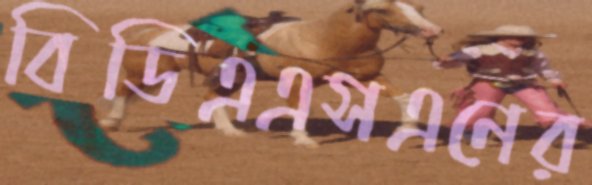
বিডিএএসএনের